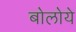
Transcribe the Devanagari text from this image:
बोलोये